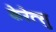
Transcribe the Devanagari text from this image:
केरेत्सु